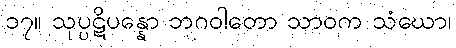
၁၇။ သုပ္ပဋိပန္နော ဘဂဝါတော သာဝက သံဃော၊